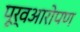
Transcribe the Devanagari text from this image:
पूर्वआरोपण